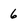
Character: 6